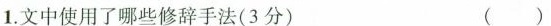
1.文中使用了哪些修辞手法(3分) ( )